Insane asylums Bombay 1873-77 - 1873-1877
Year: 1873
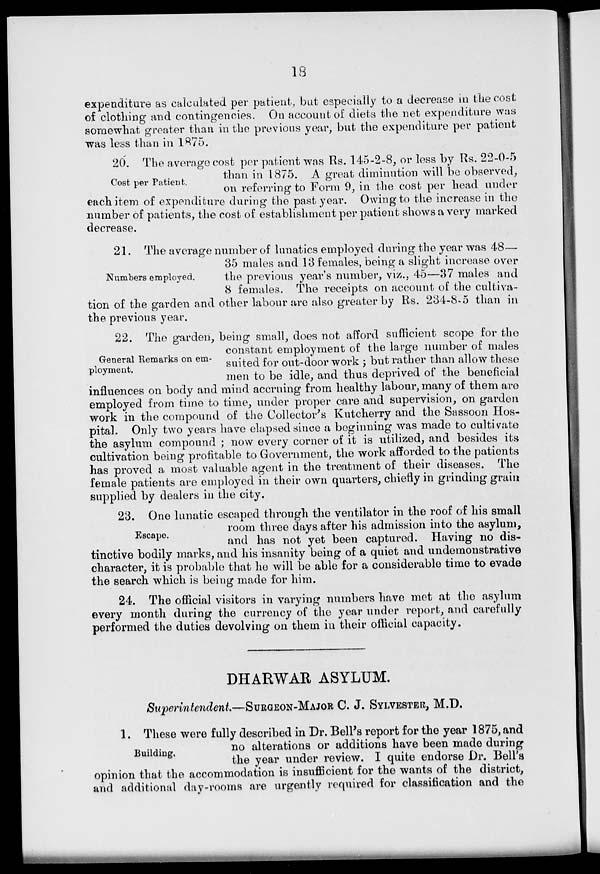
18
expenditure as calculated per patient, but especially to a decrease in the cost
of clothing and contingencies. On account of diets the net expenditure was
somewhat greater than in the previous year, but the expenditure per patient
was less than in 1875.
Cost per Patient.
20. The average cost per patient was Rs. 145-2-8, or less by Rs. 22-0-5
than in 1875. A great diminution will be observed,
on referring to Form 9, in the cost per head under
each item of expenditure during the past year. Owing to the increase in the
number of patients, the cost of establishment per patient shows a very marked
decrease.
Numbers employed.
21. The average number of lunatics employed during the year was 48—
35 males and 13 females, being a slight increase over
the previous year's number, viz., 45—37 males and
8 females. The receipts on account of the cultiva-
tion of the garden and other labour are also greater by Rs. 234-8-5 than in
the previous year.
General Remarks on em-
ployment.
22. The garden, being small, does not afford sufficient scope for the
constant employment of the large number of males
suited for out-door work ; but rather than allow these
men to be idle, and thus deprived of the beneficial
influences on body and mind accruing from healthy labour, many of them are
employed from time to time, under proper care and supervision, on garden
work in the compound of the Collector's Kutcherry and the Sassoon Hos-
pital. Only two years have elapsed since a beginning was made to cultivate
the asylum compound ; now every corner of it is utilized, and besides its
cultivation being profitable to Government, the work afforded to the patients
has proved a most valuable agent in the treatment of their diseases. The
female patients are employed in their own quarters, chiefly in grinding grain
supplied by dealers in the city.
Escape.
23. One lunatic escaped through the ventilator in the roof of his small
room three days after his admission into the asylum,
and has not yet been captured. Having no dis-
tinctive bodily marks, and his insanity being of a quiet and undemonstrative
character, it is probable that he will be able for a considerable time to evade
the search which is being made for him.
24. The official visitors in varying numbers have met at the asylum
every month during the currency of the year under report, and carefully
performed the duties devolving on them in their official capacity.
DHARWAR ASYLUM.
Superintendent—SURGEON-MAJOR C. J. SYLVESTER, M.D.
Building.
1. These were fully described in Dr. Bell's report for the year 1875, and
no alterations or additions have been made during
the year under review. I quite endorse Dr. Bell's
opinion that the accommodation is insufficient for the wants of the district,
and additional day-rooms are urgently required for classification and the